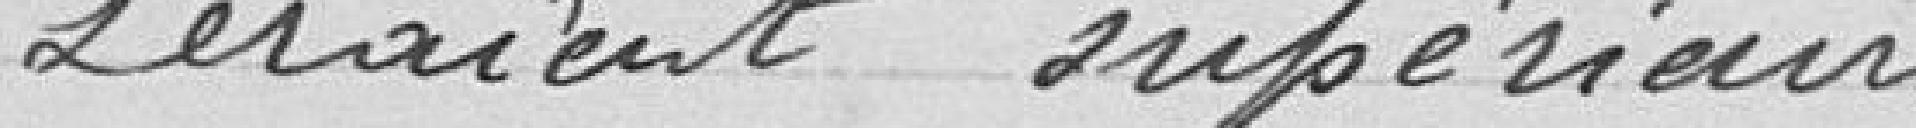
Seraient supérieur